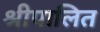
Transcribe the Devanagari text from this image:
श्रीपालित